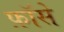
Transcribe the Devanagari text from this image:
फ़ॉसे